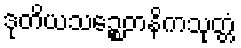
ဒုတိယသဉ္စေတနိကသုတ္တံ